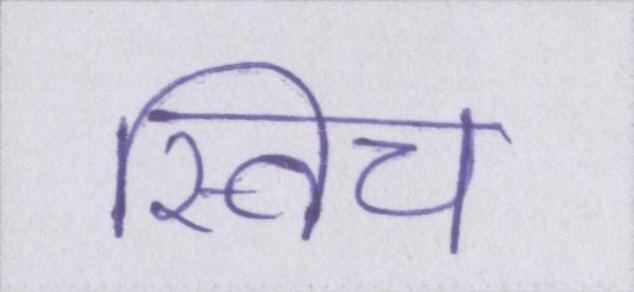
स्विच